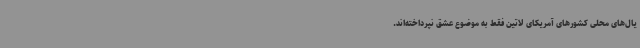
یال‌های محلی کشورهای آمریکای لاتین فقط به موضوع عشق نپرداخته‌اند.